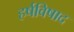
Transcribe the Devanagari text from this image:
हर्षविषाद